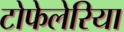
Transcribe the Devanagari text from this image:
टोफेलेरिया